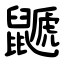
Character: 鼶